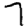
Digit: 7